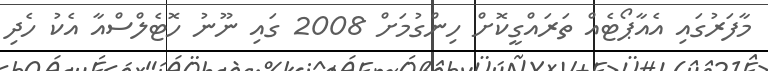
މާފަރުގައި އެއާޕޯޓެއް ތަރައްގީކޮށް ހިންގުމަށް 2008 ގައި ނޫނު ހޮޓެލްސްއާ އެކު ހެދި